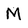
Character: M